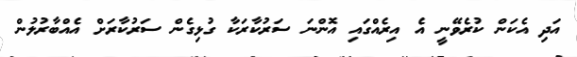
އަދި އެކަން ކުރެވޭނީ އެ އިރެއްގައި އޮންނަ ސަރުކާރަކާ ގުޅިގެން ސަރުކާރަށް އެއްބާރުލުން